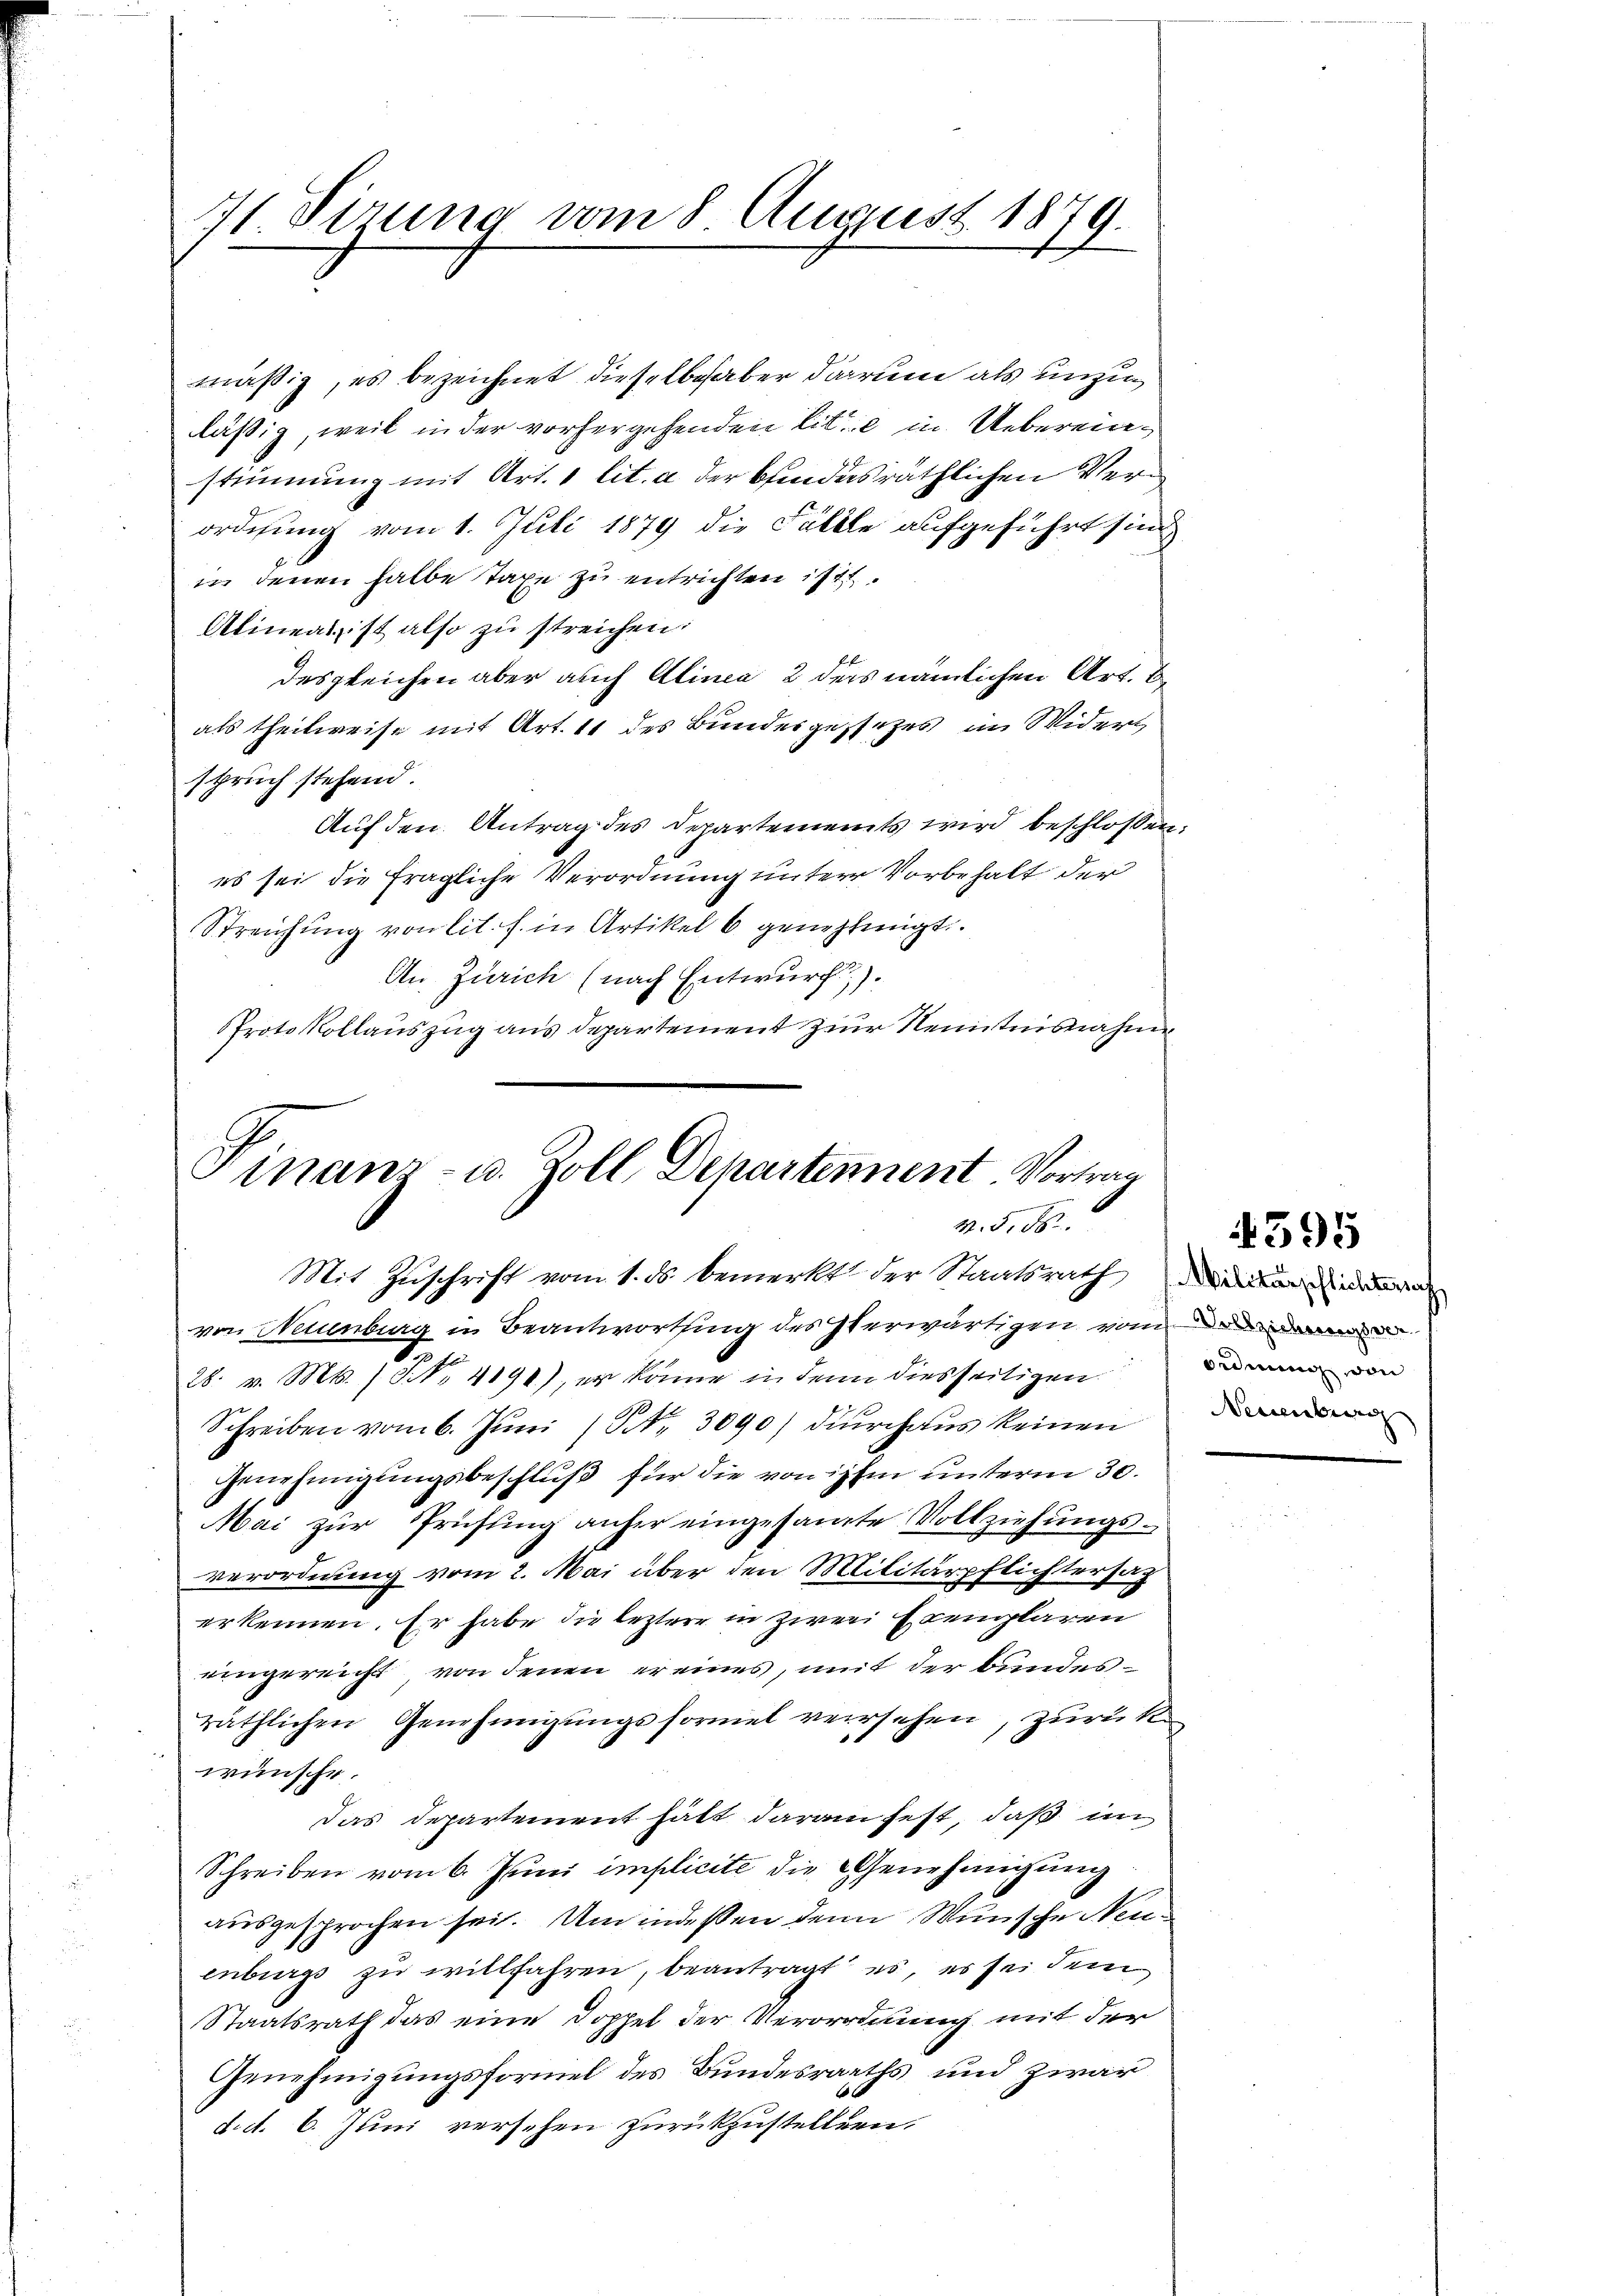
11 Firung vom 8. August 1879.

mäßig, es bezeichnet dieselbe haber darum als unzug
läßig, weil in der vorhergehenden lit. e in Uebereinstimmung mit Art. 1 lit. a der bindesräthlichen Verordnung vom 1. Juli 1879 die Fälle aufgeführt sind
in denen halbe Taxe zu entrichten ist.
Alineas ist also zu streichen.
desgleichen aber auch Alinea 2 ders nämlichen Art. Be
als theilweise mit Art. 11 des Bundergessetzes im Widers
spruch stehend.
Auf den Antrag des Departements wird beschloßen,
es sei die fragliche Verordnung unterer Vorbehalt der
Streichung von lit. h. in Artikel 6 genehmigt.
An Zürich (nach Entwurf.
Protokollauszug aus departement zur Kenntnisnahm

von Neuenburg in Beantwortung des Herwärtigen vom der
o
28. v. Mts. No 4890), er könne in denn diesseitigen
Schreiben vom 6. Jŭni (Frk. 3090/ dŭrchaus keinen
Genehmigungsbeschluß für die von ihm unterm 30.
Mai zŭr Prüstung anher eingesamte Vollziehŭngs-
verordnung vom 2. Mai über den Militärpflichtersag
erkennen. Er habe die leztere in zwei Exemplaren
eingereicht, von denen er eines, mit der Bundesräthlichen Genehmigŭngsformel versehen, zurückwünsche.
das Departement hätt daran fest, daß im
Schreiben vom 6. Juni implicite die Genehmigung
ausgesprochen sei. Um indessen den Wünsche Neuenburgs zu willfahren, beantragt es, es sei dem
Staatsrath das eine Doppel der Verordnung mit der
Genehmigungsformel des Bundesraths und zwar
d.d. 6. Juni versehen zurückzustellten.

Finanz- u. Zoll Departennent. Vortrag
W. S. 86.
Mit Zuschrift vom 1. ds. bemerkt der Staatsrathe

Ordnung den |

395